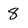
Character: 8